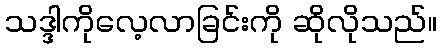
သဒ္ဒါကိုလေ့လာခြင်းကို ဆိုလိုသည်။